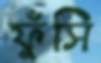
ফুঁসি